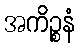
အကိဉ္စနံ